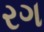
રગ